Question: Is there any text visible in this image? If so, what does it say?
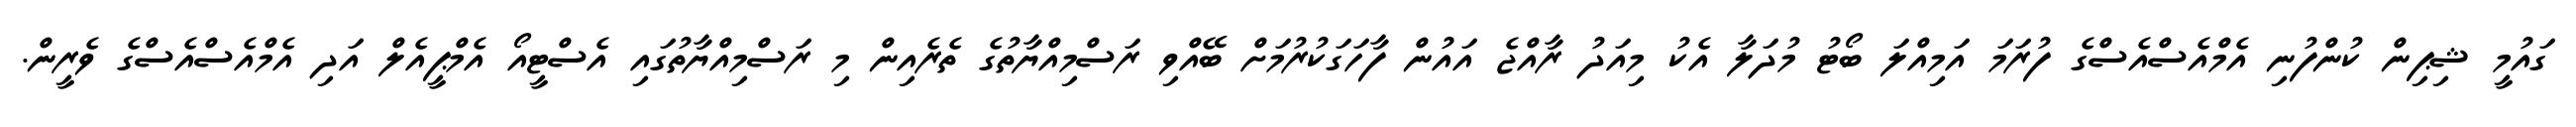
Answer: ގައުމީ ޝިޕިން ކުންފުނި އެމްއެސްއެސްގެ ފުރަމަ އަމިއްލަ ބޯޓު މުދަލާ އެކު މިއަދު ރާއްޖެ އައުން ފާހަގަކުރުމަށް ބޭއްވި ރަސްމިއްޔާތުގެ ތެރެއިން މި ރަސްމިއްޔާތުގައި އެސްޓީއޯ އެމްޕީއެލް އަދި އެމްއެސްއެސްގެ ވެރީން.